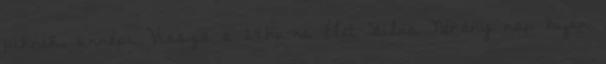
piknik, ünnepi Vissza a 24.hu-ra Élet-Stílus Néhány nap híján